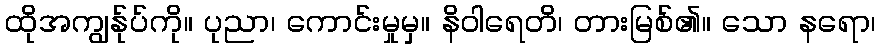
ထိုအကျွန်ုပ်ကို။ ပုညာ၊ ကောင်းမှုမှ။ နိဝါရေတိ၊ တားမြစ်၏။ သော နရော၊